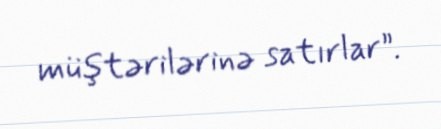
müştərilərinə satırlar”.